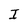
Character: I